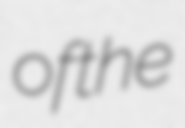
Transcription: of the